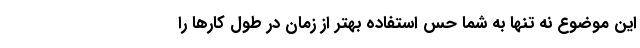
این موضوع نه تنها به شما حس استفاده بهتر از زمان در طول کارها را